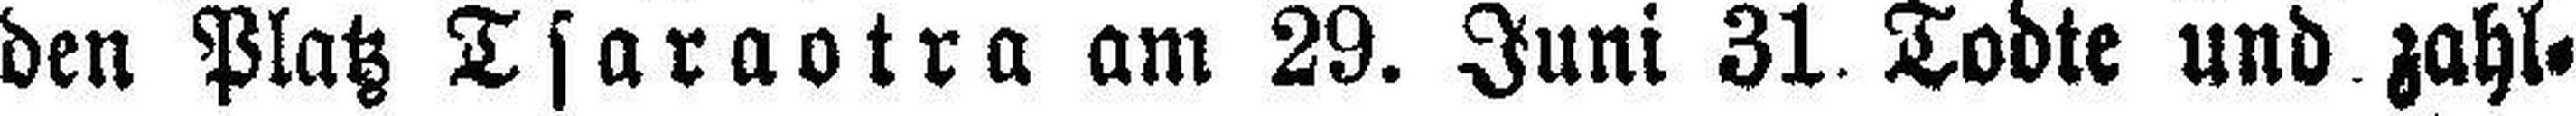
den Platz Tsaraotra am 29. Juni 31. Todte und zahl¬